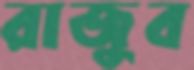
রাজুব